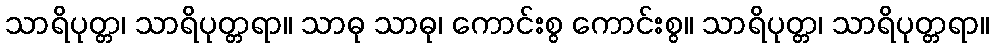
သာရိပုတ္တ၊ သာရိပုတ္တရာ။ သာဓု သာဓု၊ ကောင်းစွ ကောင်းစွ။ သာရိပုတ္တ၊ သာရိပုတ္တရာ။